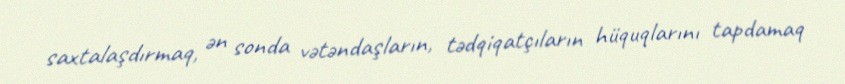
saxtalaşdırmaq, ən sonda vətəndaşların, tədqiqatçıların hüquqlarını tapdamaq